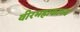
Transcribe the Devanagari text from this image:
वीरमहाकाव्य